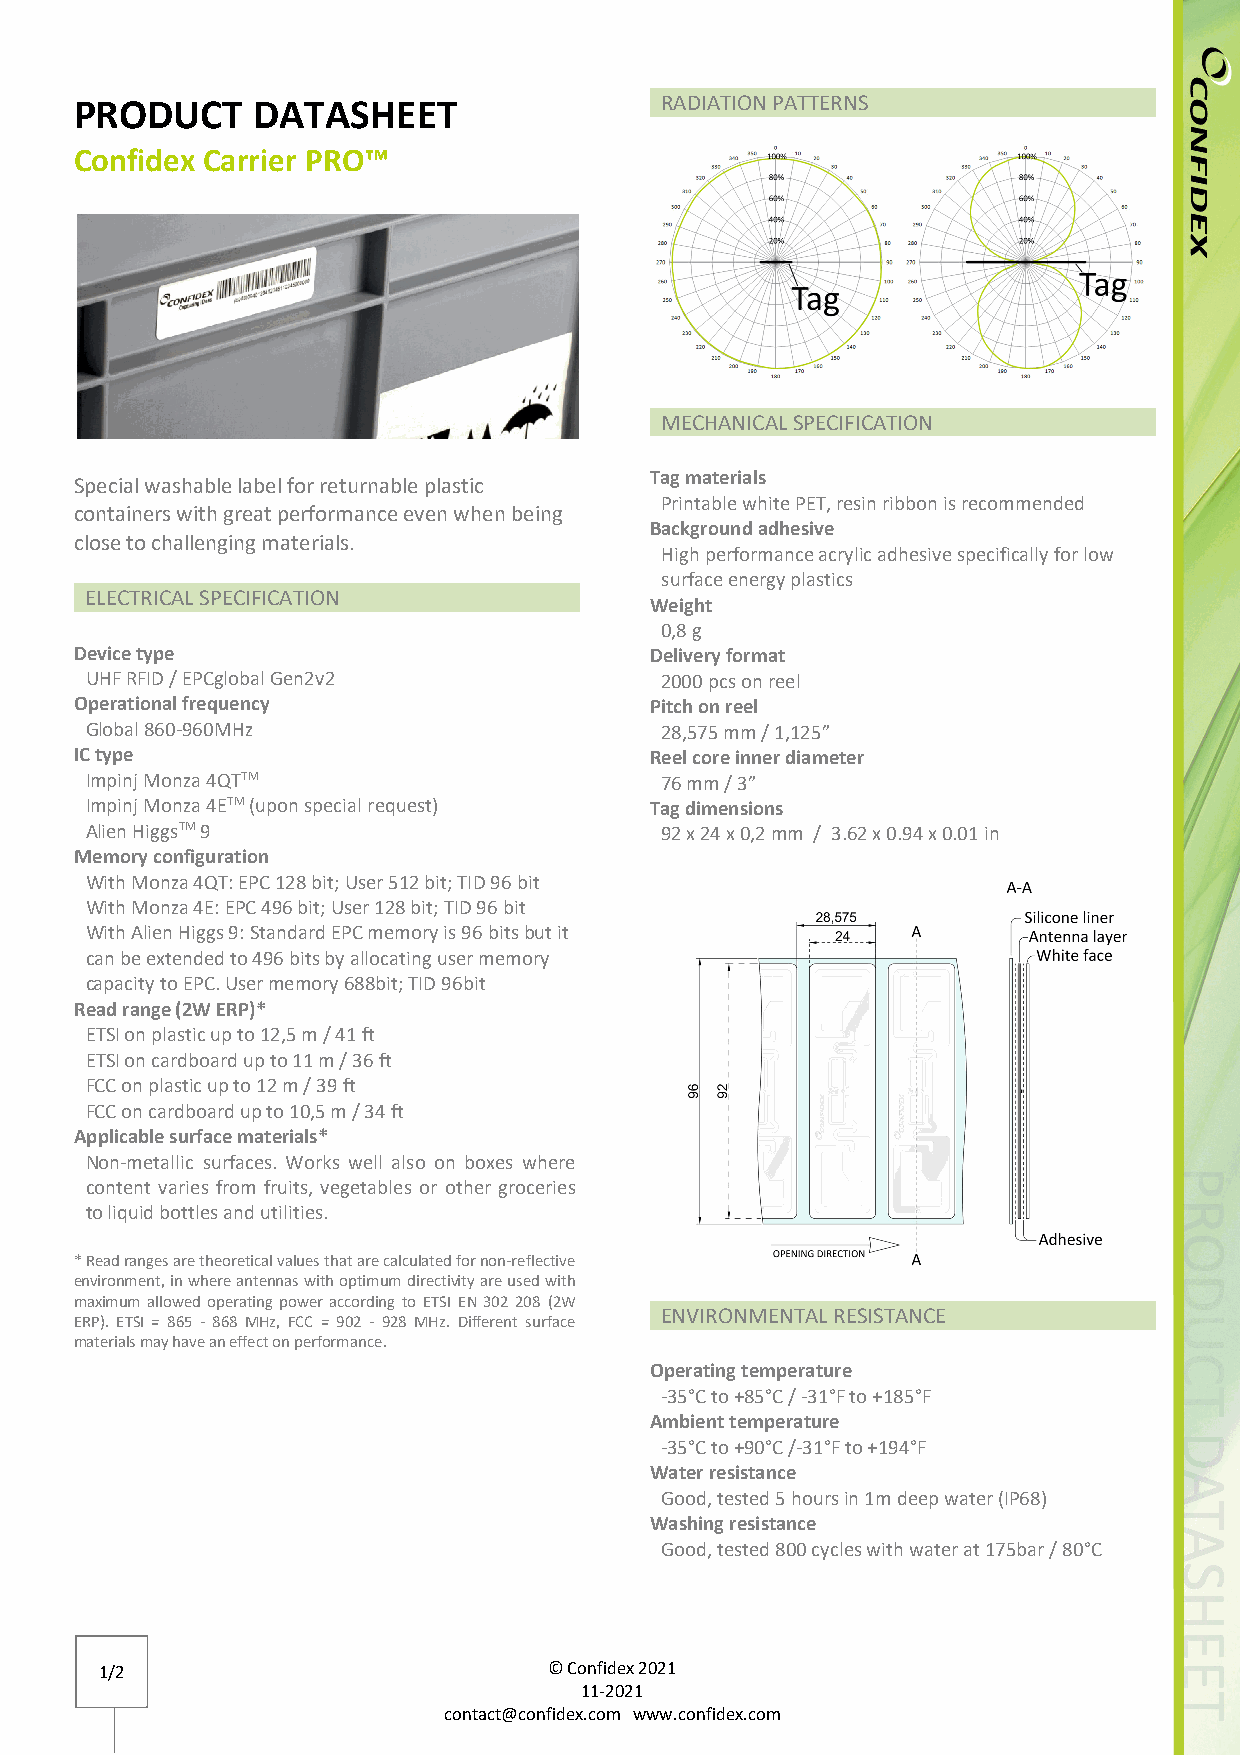
PRODUCT     DATASHEET                  RADIATION PATTERNS
 Confidex Carrier PRO™
 MECHANICAL SPECIFICATION
 Tag materials
 Special washable label for returnable plastic
 Printable white PET, resin ribbon is recommended
 containers with great performance even when being
 Background adhesive
 close to challenging materials.
 High performance acrylic adhesive specifically for low
 surface energy plastics
 ELECTRICAL SPECIFICATION
 Weight
 0,8 g
 Device type                           Delivery format
 UHF RFID / EPCglobal Gen2v2           2000 pcs on reel
 Operational frequency                 Pitch on reel
 Global 860-960MHz                     28,575 mm / 1,125”
 IC type                               Reel core inner diameter
 Impinj Monza 4QTTM                    76 mm / 3”
 Impinj Monza 4ETM (upon special request) Tag dimensions
 Alien HiggsTM 9                       92 x 24 x 0,2 mm / 3.62 x 0.94 x 0.01 in
 Memory configuration
 With Monza 4QT: EPC 128 bit; User 512 bit; TID 96 bit
 With Monza 4E: EPC 496 bit; User 128 bit; TID 96 bit
 With Alien Higgs 9: Standard EPC memory is 96 bits but it
 can be extended to 496 bits by allocating user memory
 capacity to EPC. User memory 688bit; TID 96bit
 Read range (2W ERP)*
 ETSI on plastic up to 12,5 m / 41 ft
 ETSI on cardboard up to 11 m / 36 ft
 FCC on plastic up to 12 m / 39 ft
 FCC on cardboard up to 10,5 m / 34 ft
 Applicable surface materials*
 Non-metallic surfaces. Works well also on boxes where
 content varies from fruits, vegetables or other groceries
 to liquid bottles and utilities.
 * Read ranges are theoretical values that are calculated for non-reflective
 environment, in where antennas with optimum directivity are used with
 maximum allowed operating power according to ETSI EN 302 208 (2W
 ENVIRONMENTAL RESISTANCE
 ERP). ETSI = 865 - 868 MHz, FCC = 902 - 928 MHz. Different surface
 materials may have an effect on performance.
 Operating temperature
 -35°C to +85°C / -31°F to +185°F
 Ambient temperature
 -35°C to +90°C /-31°F to +194°F
 Water resistance
 Good, tested 5 hours in 1m deep water (IP68)
 Washing resistance
 Good, tested 800 cycles with water at 175bar / 80°C
 1/2                          © Confidex 2021
 11-2021
 contact@confidex.com www.confidex.com